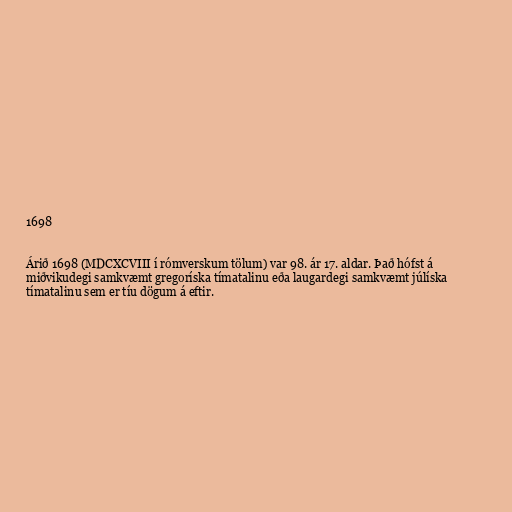
1698

Árið 1698 (MDCXCVIII í rómverskum tölum) var 98. ár 17. aldar. Það hófst á
miðvikudegi samkvæmt gregoríska tímatalinu eða laugardegi samkvæmt júlíska
tímatalinu sem er tíu dögum á eftir.